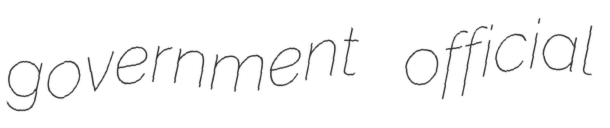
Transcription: government official